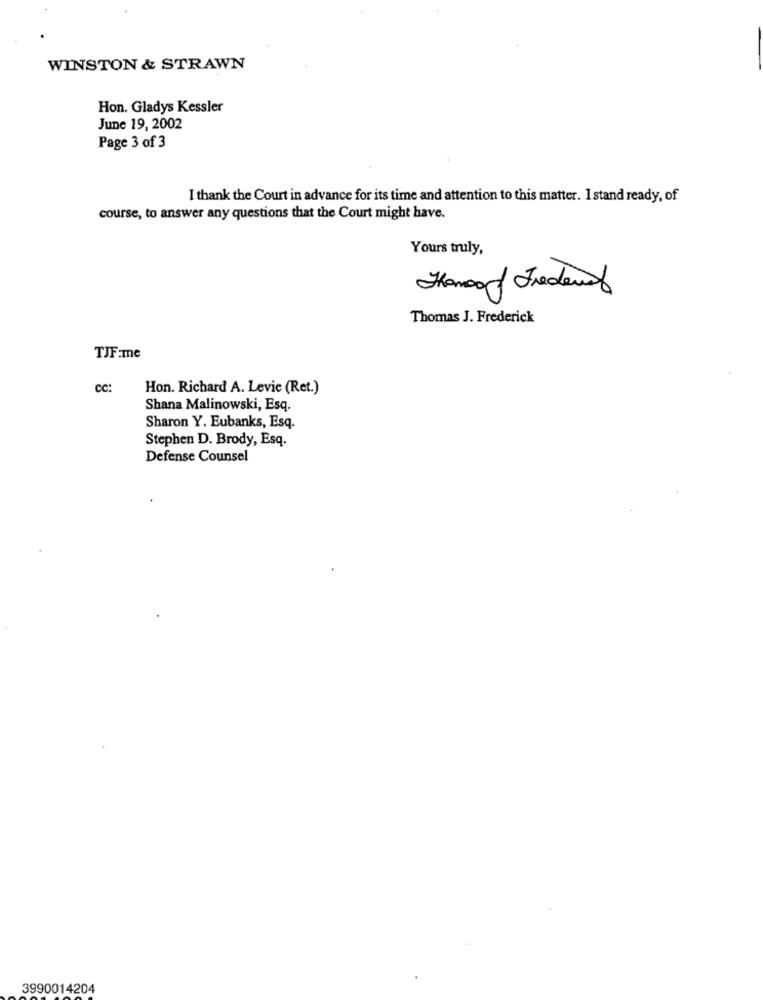
WINSTON & STRAWN
Hon. Gladys Kessler
June 19, 2002
Page 3 of 3
I thank the Court in advance for its time and attention to this matter. I stand ready, of
course, to answer any questions that the Court might have.
Yours truly,
Thomas J. Frederick
TJF:me
cc:
Hon. Richard A. Levie (Ret.)
Shana Malinowski, Esq.
Sharon Y. Eubanks, Esq.
Stephen D. Brody, Esq.
Defense Counsel
3990014204